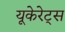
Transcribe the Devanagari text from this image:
यूकेरेट्स